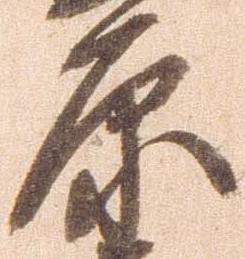
原